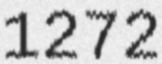
1272